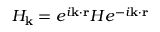
H _ { \mathbf { k } } = e ^ { i \mathbf { k } \cdot \mathbf { r } } H e ^ { - i \mathbf { k } \cdot \mathbf { r } }